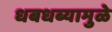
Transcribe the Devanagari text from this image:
धबधब्यामुळे